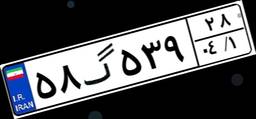
۵۸گ۵۳۹۲۸